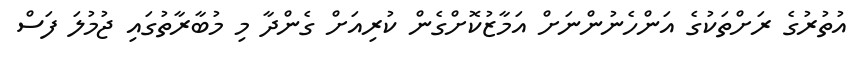
އުތުރުގެ ރަށްތަކުގެ އަންހެނުންނަށް އަމާޒުކޮށްގެން ކުރިއަށް ގެންދާ މި މުބާރާތުގައި ޖުމުލަ ފަސް